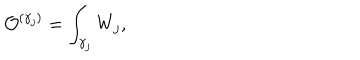
{ \cal O } ^ { ( \gamma _ { j } ) } = \int _ { \gamma _ { j } } W _ { j } ,